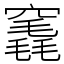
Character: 竁